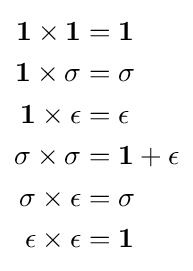
{\begin{aligned}\mathbf {1} \times \mathbf {1} &=\mathbf {1} \\\mathbf {1} \times \sigma &=\sigma \\\mathbf {1} \times \epsilon &=\epsilon \\\sigma \times \sigma &=\mathbf {1} +\epsilon \\\sigma \times \epsilon &=\sigma \\\epsilon \times \epsilon &=\mathbf {1} \end{aligned}}